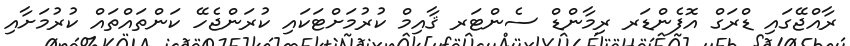
ރާއްޖޭގައި ޑްރަގް އޮފެންޑަރ ރިމާންޑް ސެންޓަރ ޤާއިމް ކުރުމަށްޓަކައި ކުރަންޖެހޭ ކަންތައްތައް ކުރުމަށާއި